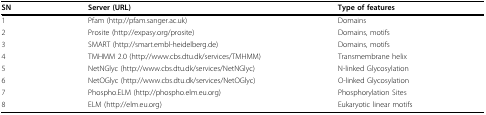
| SN | Server (URL) | Type of features |
 | --- | --- | --- |
 | 1 | Pfam (http://pfam.sanger.ac.uk) | Domains |
 | 2 | Prosite (http://expasy.org/prosite) | Domains, motifs |
 | 3 | SMART (http://smart.embl-heidelberg.de) | Domains, motifs |
 | 4 | TMHMM 2.0 (http://www.cbs.dtu.dk/services/TMHMM) | Transmembrane helix |
 | 5 | NetNGlyc (http://www.cbs.dtu.dk/services/NetNGlyc) | N-linked Glycosylation |
 | 6 | NetOGlyc (http://www.cbs.dtu.dk/services/NetOGlyc) | O-linked Glycosylation |
 | 7 | Phospho.ELM (http://phospho.elm.eu.org) | Phosphorylation Sites |
 | 8 | ELM (http://elm.eu.org) | Eukaryotic linear motifs |